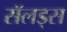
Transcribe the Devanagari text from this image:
सॅलड्स